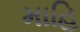
માહિ